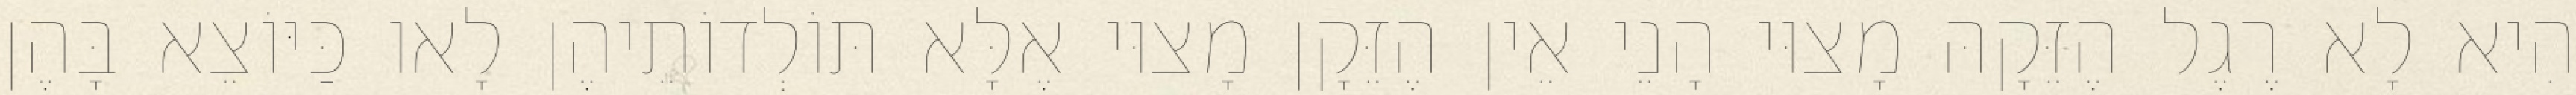
הִיא לָא רֶגֶל הֶזֵּקָהּ מָצוּי הָנֵי אֵין הֶזֵּקָן מָצוּי אֶלָּא תּוֹלְדוֹתֵיהֶן לָאו כַּיּוֹצֵא בָּהֶן